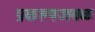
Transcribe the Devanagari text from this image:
प्रकल्पजवळ